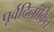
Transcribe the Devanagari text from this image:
पूर्वदिनांकित